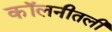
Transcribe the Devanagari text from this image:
कॉलनीतली